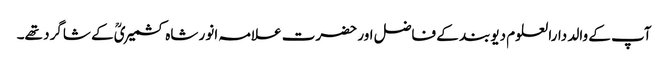
آپ کے والد دارالعلوم دیوبند کے فاضل اور حضرت علامہ انور شاہ کشمیریؒ کے شاگرد تھے۔